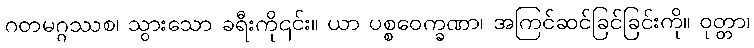
ဂတမဂ္ဂဿစ၊ သွားသော ခရီးကို၎င်း။ ယာ ပစ္စဝေက္ခဏာ၊ အကြင်ဆင်ခြင်ခြင်းကို။ ဝုတ္တာ၊